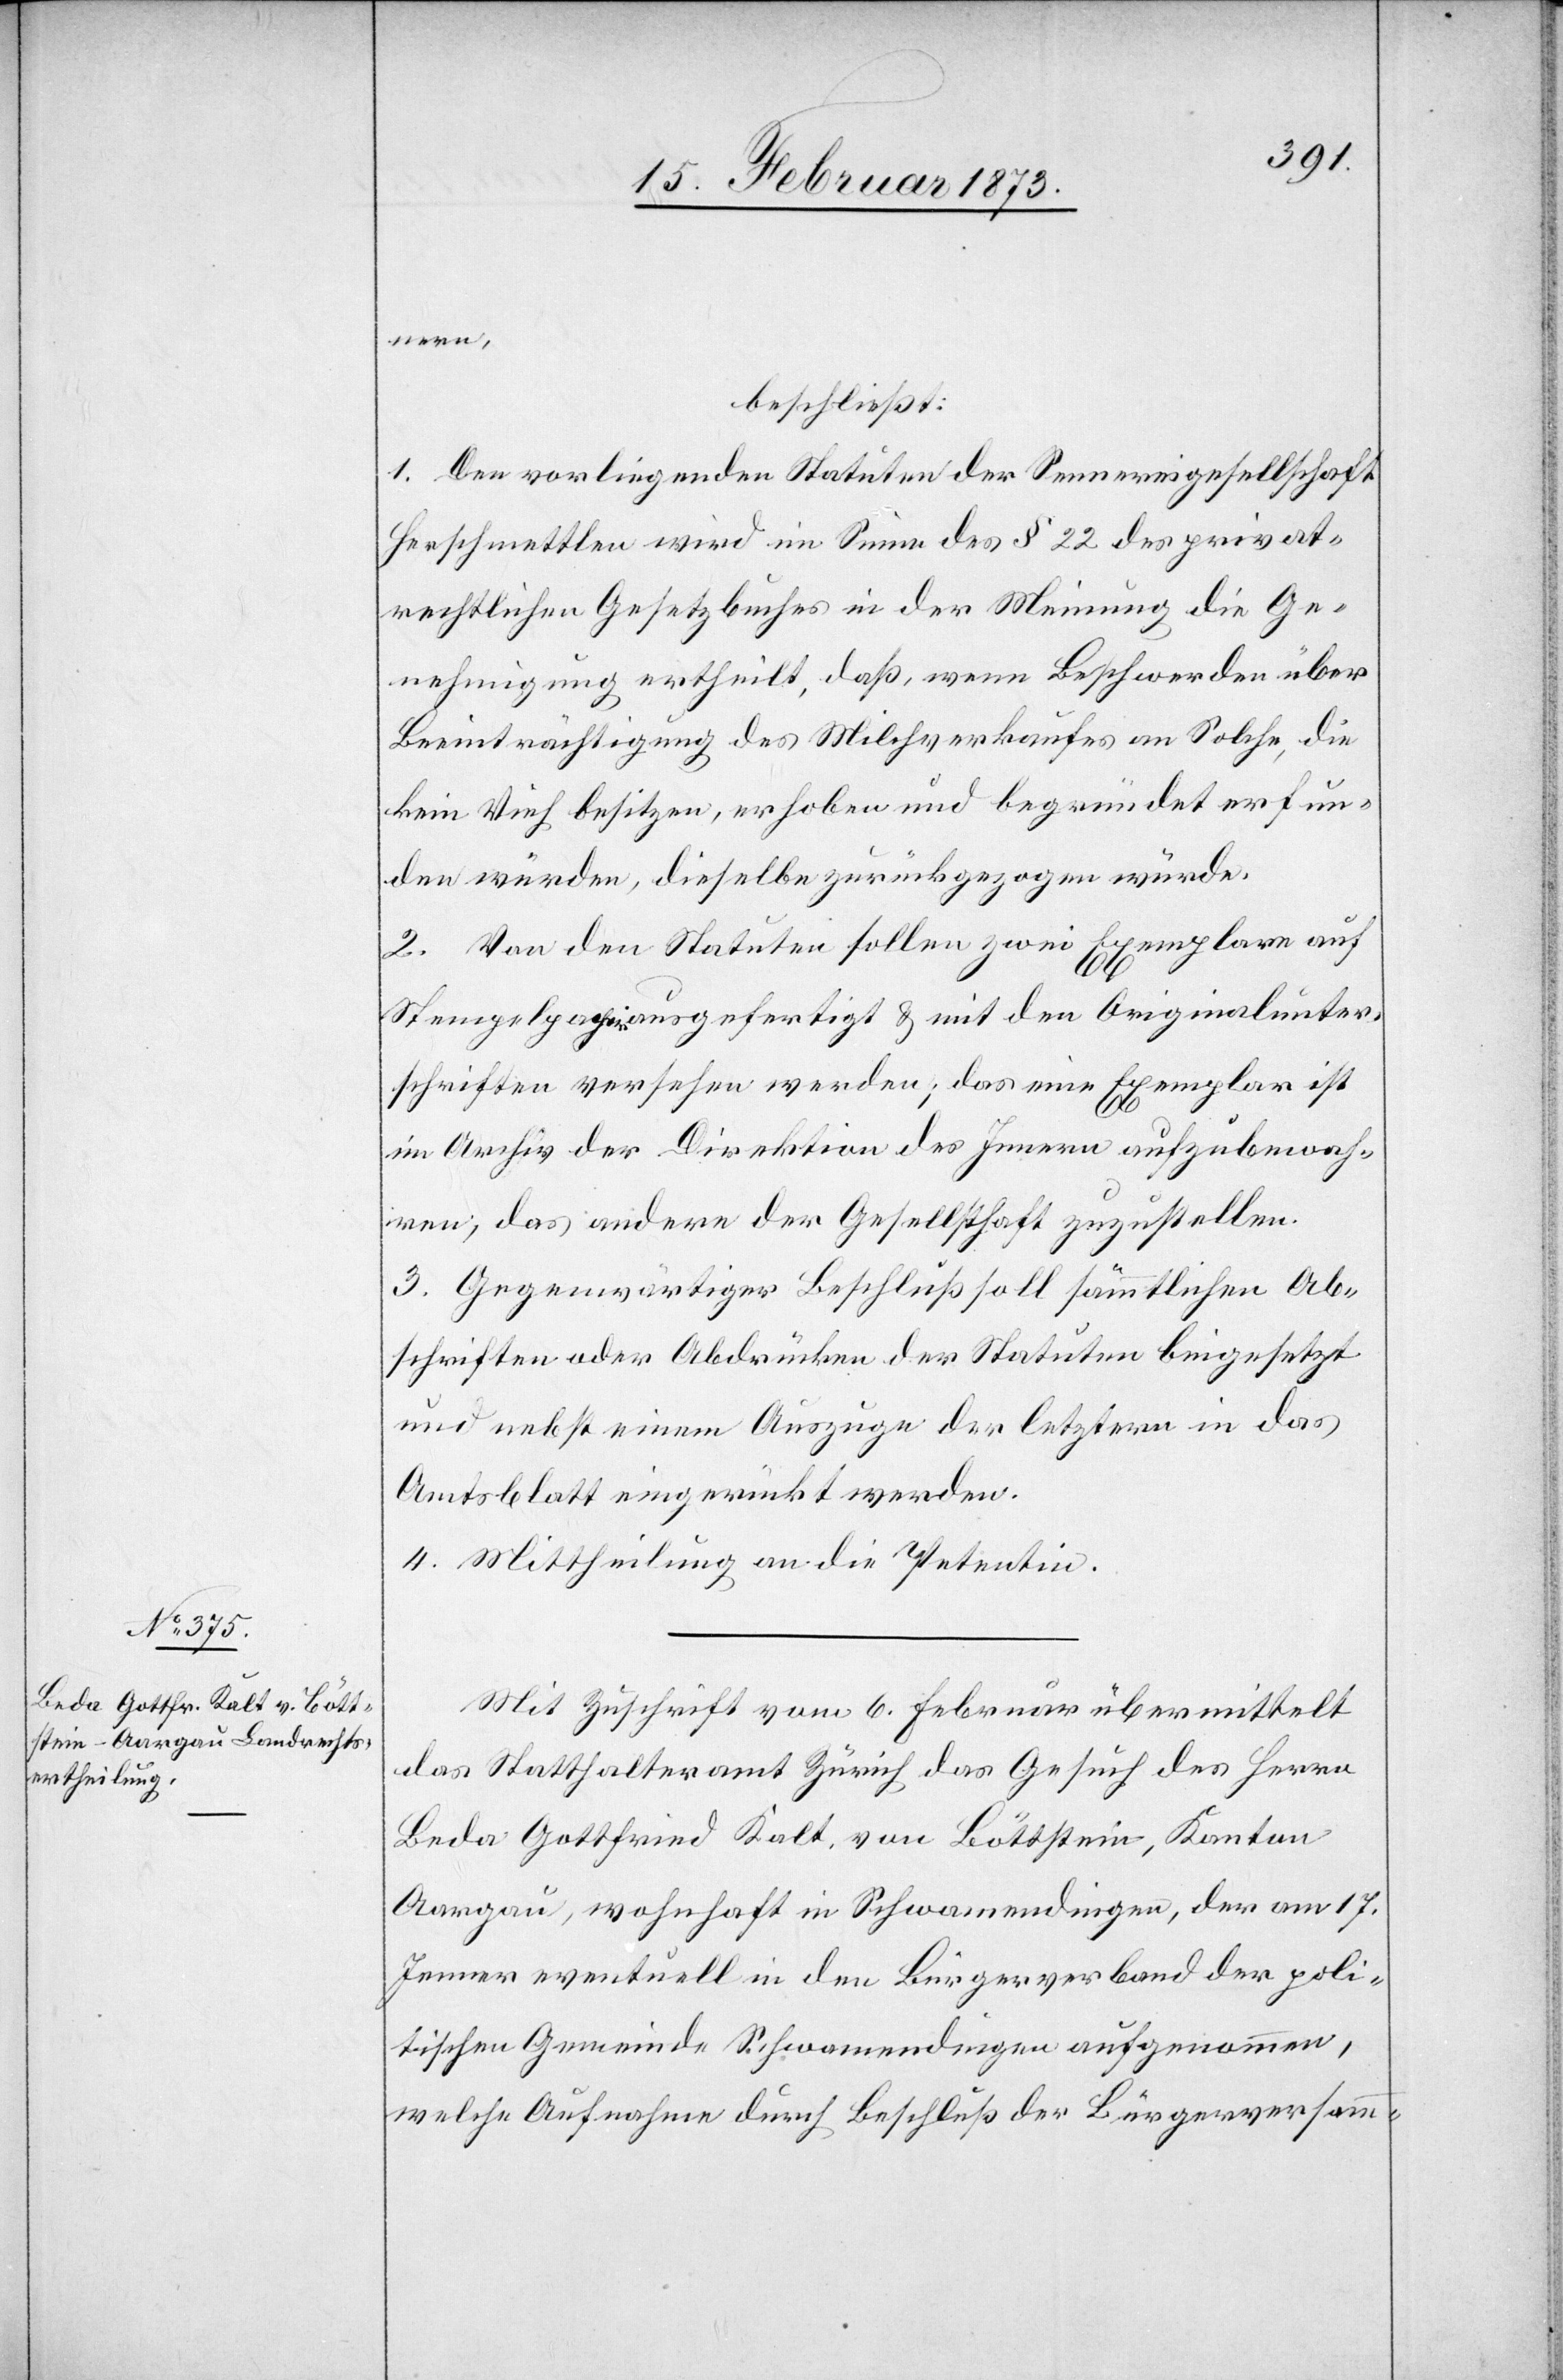
nern,
beschließt:
1. Den vorliegenden Statuten der Sennereigesellschaft
Herschmettlen wird im Sinne des § 22 des privat¬
rechtlichen Gesetzbuches in der Meinung die Ge¬
nehmigung ertheilt, daß, wenn Beschwerden über
Beeinträchtigung des Milchverkaufes an Solche, die
kein Vieh besitzen, erhoben und begründet erfun¬
den würden, dieselbe zurückgezogen würde.
2. Von den Statuten sollen zwei Exemplare auf
Stempelpapir ausgefertigt u. mit den Originalunter¬
schriften versehen werden; das eine Exemplar ist
im Archiv der Direktion des Innern aufzubewah¬
ren, das andere der Gesellschaft zuzustellen.
3. Gegenwärtiger Beschluß soll sämmtlichen Ab¬
schriften oder Abdrücken der Statuten beigesetzt
und nebst einem Auszuge der letztern in das
Amtsblatt eingerückt werden.
4. Mittheilung an die Petentin.
Mit Zuschrift vom 6. Februar übermittelt
das Statthalteramt Zürich das Gesuch des Herrn
Beda Gottfried Kalt von Böttstein, Kanton
Aargau, wohnhaft in Schwamendingen, der am 17.
Jenner eventuell in den Bürgerverband der poli¬
tischen Gemeinde Schwamendingen aufgenommen,
welche Aufnahme durch Beschluß der Bürgerversamm-